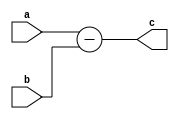
module sub(
	input [31:0] a, b,
	output [31:0] c
);
assign c = a - b;
endmodule